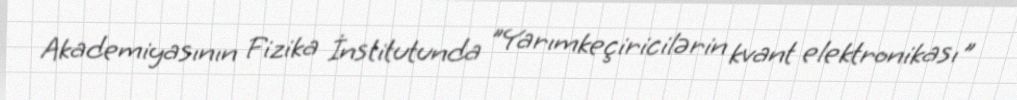
Akademiyasının Fizika İnstitutunda "Yarımkeçiricilərin kvant elektronikası"